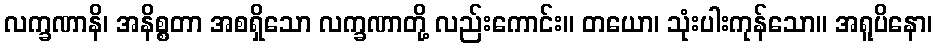
လက္ခဏာနိ၊ အနိစ္စတာ အစရှိသော လက္ခဏာတို့ လည်းကောင်း။ တယော၊ သုံးပါးကုန်သော။ အရူပိနော၊